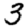
Digit: 3